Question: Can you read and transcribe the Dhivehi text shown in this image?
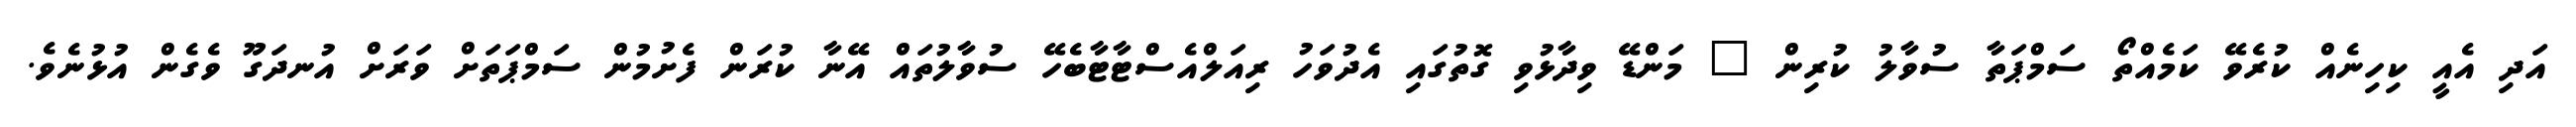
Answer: އަދި އެއީ ކިހިނެއް ކުރެވޭ ކަމެއްތޯ ސަމްޕަތާ ސުވާލު ކުރިން " މަންޑޭ ވިދާޅުވި ގޮތުގައި އެދުވަހު ރިއަލްއެސްޓާޓާބެހޭ ސުވާލުތައް އޭނާ ކުރަން ފެށުމުން ސަމްޕަތަށް ވަރަށް އުނދަގޫ ވެގެން އުޅުނެވެ.